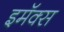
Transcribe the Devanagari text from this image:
इमॅक्स